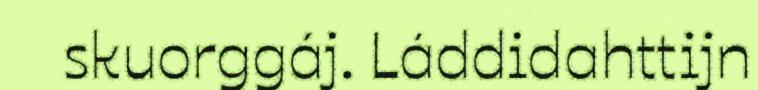
skuorggáj. Láddidahttijn